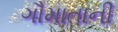
ગૌમાતાની